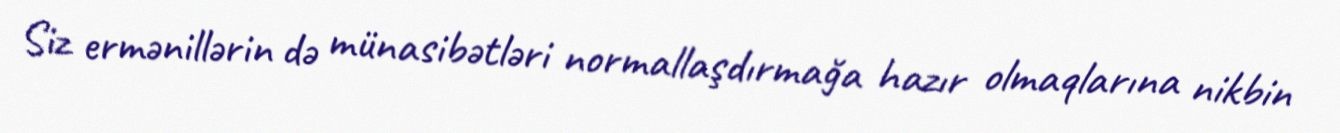
Siz ermənillərin də münasibətləri normallaşdırmağa hazır olmaqlarına nikbin